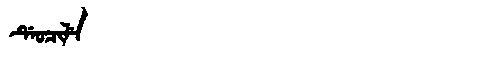
Manchu: ᡩᡝᠣᠴᡳᠯᡝ
Romanization: DEOCILE